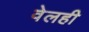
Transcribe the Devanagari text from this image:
वेलही